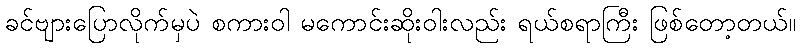
ခင်ဗျားပြောလိုက်မှပဲ စကားဝါ မကောင်းဆိုးဝါးလည်း ရယ်စရာကြီး ဖြစ်တော့တယ်။